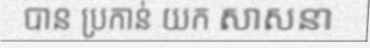
បាន ប្រកាន់ យក សាសនា